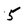
Character: 5